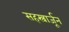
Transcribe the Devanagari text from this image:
सहस्त्रार्जून